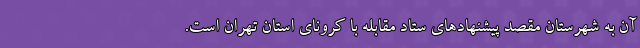
آن به شهرستان مقصد پیشنهادهای ستاد مقابله با کرونای استان تهران است.